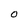
Character: 0